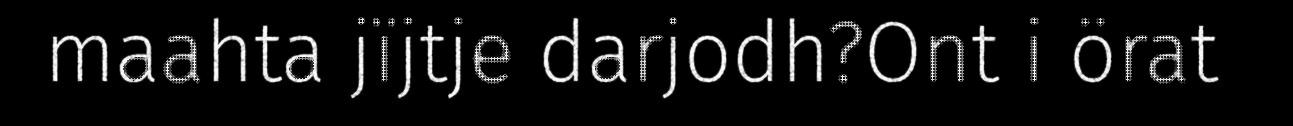
maahta jïjtje darjodh?Ont i örat